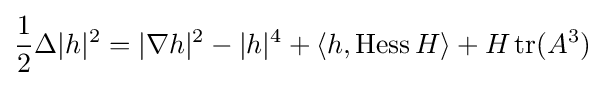
{\frac {1}{2}}\Delta |h|^{2}=|\nabla h|^{2}-|h|^{4}+\langle h,\operatorname {Hess} H\rangle +H\operatorname {tr} (A^{3})